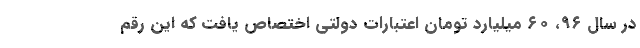
در سال ۹۶، ۶۰ میلیارد تومان اعتبارات دولتی اختصاص یافت که این رقم